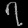
Digit: ၇